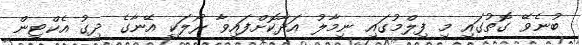
ބުނެވޭ ގޮތުގައި މި ފިލްމުގައި ނިމާލު އަދާކޮށްފައިވާ ރޯލަކީ އޭނާގެ ދިގު އެކްޓިން